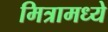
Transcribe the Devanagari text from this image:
मित्रामध्ये